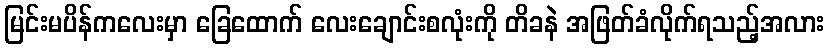
မြင်းမပိန်ကလေးမှာ ခြေထောက် လေးချောင်းစလုံးကို တိခနဲ အဖြတ်ခံလိုက်ရသည့်အလား